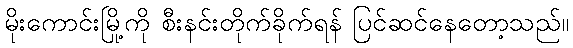
မိုးကောင်းမြို့ကို စီးနင်းတိုက်ခိုက်ရန် ပြင်ဆင်နေတော့သည်။